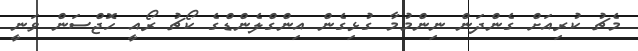
މެޗު ކުރިއަށް ގެންދަން ނިންމުމާ ގުޅިގެން އިންގްލެންޑްގެ ކޯޗު ރޯއީ ހޮޖްސަން ވަނީ